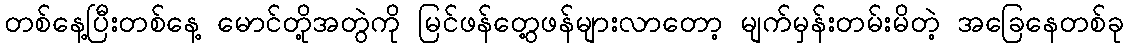
တစ်နေ့ပြီးတစ်နေ့ မောင်တို့အတွဲကို မြင်ဖန်တွေ့ဖန်များလာတော့ မျက်မှန်းတမ်းမိတဲ့ အခြေနေတစ်ခု